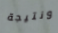
ونتيجة